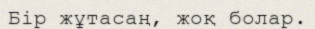
Бір жұтасаң, жоқ болар.